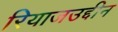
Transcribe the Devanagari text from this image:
रियाजउद्दीन